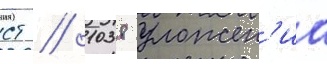
ст // 1038 уложен'иа